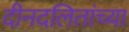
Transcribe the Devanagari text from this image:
दीनदलितांच्या